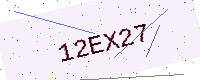
Text: 12EX27